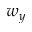
w _ { y }